Indian journal of veterinary science and animal husbandry - Volumes 15-17, 1948-1951
Year: 1948
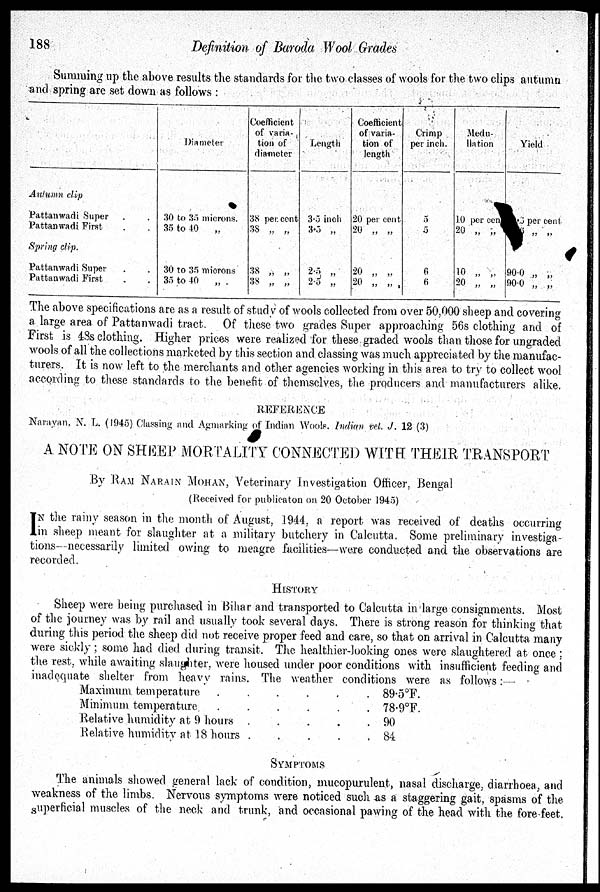
188
Definition of Baroda Wool Grades
Summing up the above results the standards for the two classes of wools for the two clips autumn
and spring are set down as follows :
Autumn clip
Pattanwadi Super . .
Pattanwadi First . .
Spring clip.
Pattanwadi Super . .
Pattanwadi First . .
Diameter
30 to 35 microns.
35 to 40
„
30 to 35 microns
35 to 40 „
Coefficient
of varia-
tion of
diameter
38 per cent
38 „ „
38 „ „
38 „ „
Length
3.5 inch
3.5 „
2.5 „
2.5 „
Coefficient
of varia-
tion of
length
20 per cent
20 „ „
20 „ „
20 „ „
Crimp
per inch.
5
5
6
6
Medu-
llation
10 per cent
20 „ „
10 „ „
20 „ „
Yield
8 per cent
6 „ „
90.0 „ „
90.0 „ „
The above specifications are as a result of study of wools collected from over 50,000 sheep and covering
a large area of Pattanwadi tract. Of these two grades Super approaching 56s clothing and of
First is 48s clothing. Higher prices were realized for these graded wools than those for ungraded
wools of all the collections marketed by this section and classing was much appreciated by the manufac-
turers. It is now left to the merchants and other agencies working in this area to try to collect wool
according to these standards to the benefit of themselves, the producers and manufacturers alike.
REFERENCE
Narayan, N. L. (1945) Classing and Agmarking of Indian Wools. Indian vet. J. 12 (3)
A NOTE ON SHEEP MORTALITY CONNECTED WITH THEIR TRANSPORT
By RAM NARAIN MOHAN, Veterinary Investigation Officer, Bengal
(Received for publicaton on 20 October 1945)
I N the rainy season in the month of August, 1944, a report was received of deaths occurring
in sheep meant for slaughter at a military butchery in Calcutta. Some preliminary investiga-
tions—necessarily limited owing to meagre facilities—were conducted and the observations are
recorded.
HISTORY
Sheep were being purchased in Bihar and transported to Calcutta in large consignments. Most
of the journey was by rail and usually took several days. There is strong reason for thinking that
during this period the sheep did not receive proper feed and care, so that on arrival in Calcutta many
were sickly; some had died during transit. The healthier-looking ones were slaughtered at once
the rest, while awaiting slaughter, were housed under poor conditions with insufficient feeding and
inadequate shelter from heavy rains. The weather conditions were as follows:—
Maximum temperature
.
.
.
.
.
.
Minimum temperature
.
.
.
.
.
.
Relative humidity at 9 hours . . . . .
Relative humidity at 18 hours . . . . .
89.5ºF.
78.9ºF.
90
84
SYMPTOMS
The animals showed general lack of condition, mucopurulent, nasal discharge, diarrhoea, and
weakness of the limbs. Nervous symptoms were noticed such as a staggering gait, spasms of the
superficial muscles of the neck and trunk, and occasional pawing of the head with the fore feet.